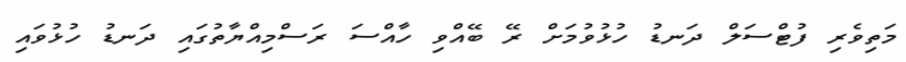
މަތިވެރި ފުޓްސަލް ދަނޑު ހުޅުވުމަށް ރޭ ބޭއްވި ހާއްސަ ރަސްމިއްޔާތުގައި ދަނޑު ހުޅުވައި